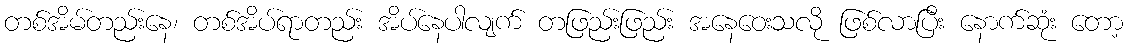
တစ်အိမ်တည်းနေ၊ တစ်အိပ်ရာတည်း အိပ်နေပါလျက် တဖြည်းဖြည်း အနေဝေးသလို ဖြစ်လာပြီး နောက်ဆုံး တော့